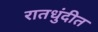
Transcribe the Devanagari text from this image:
रातधुंदीत